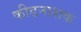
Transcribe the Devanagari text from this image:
कीडनाशक